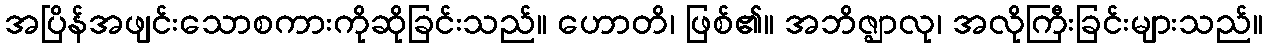
အပြိန်အဖျင်းသောစကားကိုဆိုခြင်းသည်။ ဟောတိ၊ ဖြစ်၏။ အဘိဇ္ဈာလု၊ အလိုကြီးခြင်းများသည်။